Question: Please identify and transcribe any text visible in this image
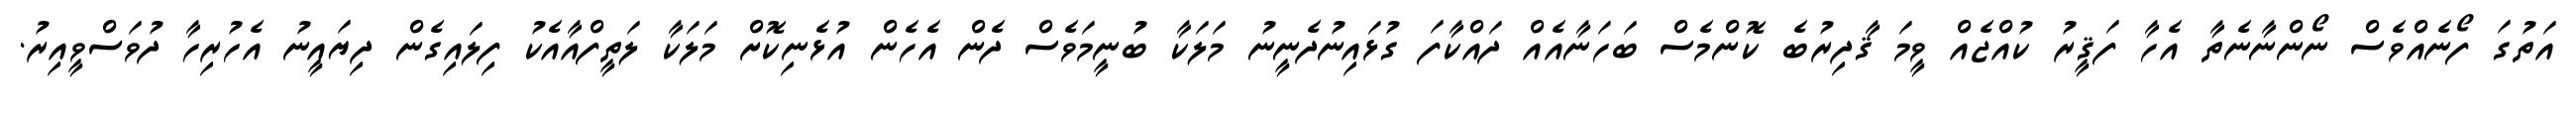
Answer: އަތުގަ ފޯނެއްވެސް ނޯންނާނެތާ އެހާ ފަޤީރު ކުއްޖެއް ވީމަ ޤާދިރުބެ ކޮންމެސް ބަހަނާއެއް ދައްކާފަ ގުޅައިނުދެނީނު މަލަކާ ބުނީމަވެސް ދެން އެހެން އުޅެނިކޮށް މަލަކާ ލަތީފްއާއެކު ފިލައިގެން ދިޔައީނު އެހުރިހާ ދުވަސްވީއިރު.